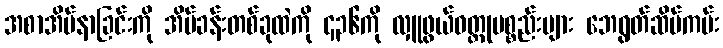
အစာအိမ်နာခြင်းကို အိပ်ခန်းတစ်ခုထဲကို ၄၃၆ကို လှူဖွယ်ဝတ္တုပစ္စည်းများ ဘေရွတ်ဆိပ်ကမ်း